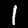
Label: 1